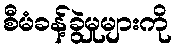
စီမံခန့်ခွဲမှုများကို